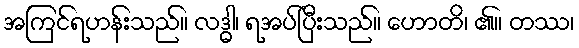
အကြင်ရဟန်းသည်။ လဒ္ဓါ၊ ရအပ်ပြီးသည်။ ဟောတိ၊ ၏။ တဿ၊